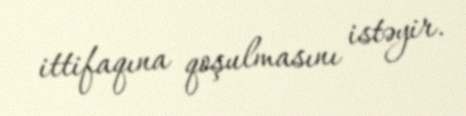
ittifaqına qoşulmasını istəyir.